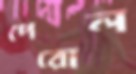
পেরোল